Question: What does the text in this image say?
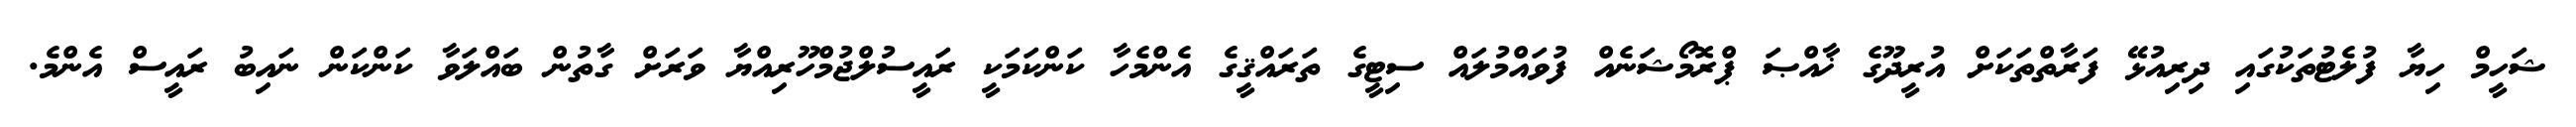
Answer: ޝަހީމް ހިޔާ ފުލެޓުތަކުގައި ދިރިއުޅޭ ފަރާތްތަކަށް އުރީދޫގެ ޚާއްޞަ ޕްރޮމޯޝަނެއް ފުވައްމުލައް ސިޓީގެ ތަރައްޤީގެ އެންމެހާ ކަންކަމަކީ ރައީސުލްޖުމްހޫރިއްޔާ ވަރަށް ގާތުން ބައްލަވާ ކަންކަން ނައިބު ރައީސް އެންމެ.